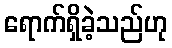
ရောက်ရှိခဲ့သည်ဟု